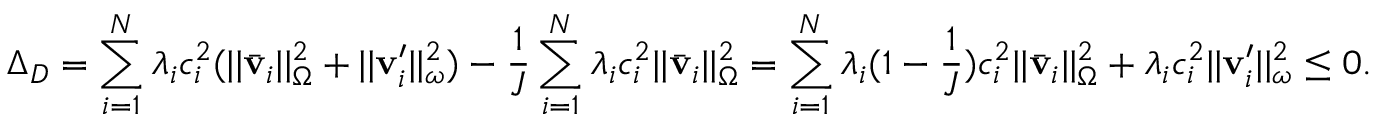
\Delta _ { D } = \sum _ { i = 1 } ^ { N } \lambda _ { i } c _ { i } ^ { 2 } ( | | \bar { \mathbf { v } } _ { i } | | _ { \Omega } ^ { 2 } + | | \mathbf { v } _ { i } ^ { \prime } | | _ { \omega } ^ { 2 } ) - \frac { 1 } { J } \sum _ { i = 1 } ^ { N } \lambda _ { i } c _ { i } ^ { 2 } | | \bar { \mathbf { v } } _ { i } | | _ { \Omega } ^ { 2 } = \sum _ { i = 1 } ^ { N } \lambda _ { i } ( 1 - \frac { 1 } { J } ) c _ { i } ^ { 2 } | | \bar { \mathbf { v } } _ { i } | | _ { \Omega } ^ { 2 } + \lambda _ { i } c _ { i } ^ { 2 } | | \mathbf { v } _ { i } ^ { \prime } | | _ { \omega } ^ { 2 } \leq 0 .